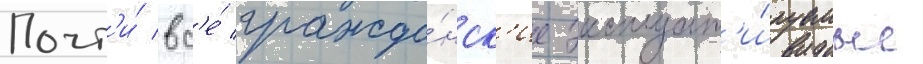
Почт'и́ вс'е́ гражда́нск'ие эксплуат'и́руемые